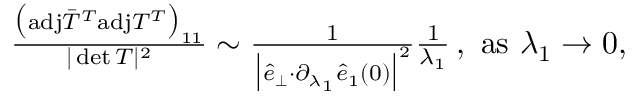
\begin{array} { r } { \! \! \! \frac { \big ( \mathrm { a d j } \bar { T } ^ { T } \mathrm { a d j } T ^ { T } \big ) _ { 1 1 } } { \vert \operatorname* { d e t } T \vert ^ { 2 } } \sim \frac { 1 } { \big \vert \hat { e } _ { \perp } { \cdot } \partial _ { \lambda _ { 1 } } \hat { e } _ { 1 } ( 0 ) \big \vert ^ { 2 } } \frac { 1 } { \lambda _ { 1 } } \, , ~ \mathrm { a s } ~ \lambda _ { 1 } \rightarrow 0 , } \end{array}